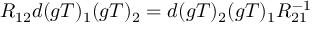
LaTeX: R _ { 1 2 } d ( g T ) _ { 1 } ( g T ) _ { 2 } = d ( g T ) _ { 2 } ( g T ) _ { 1 } R _ { 2 1 } ^ { - 1 }